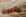
تأتون